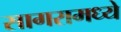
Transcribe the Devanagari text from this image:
सागरामध्ये